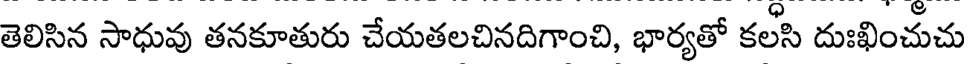
తెలిసిన సాధువు తనకూతురు చేయతలచినదిగాంచి, భార్యతో కలసి దుఃఖించుచు